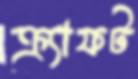
ক্র্যাফট